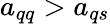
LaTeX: a_{qq}>a_{qs}